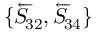
\{ \overleftarrow { S } \! _ { 3 2 } , \overleftarrow { S } \! _ { 3 4 } \}